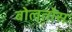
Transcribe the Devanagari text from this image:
बोलतोस